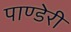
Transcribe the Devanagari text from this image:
पाण्डेरी